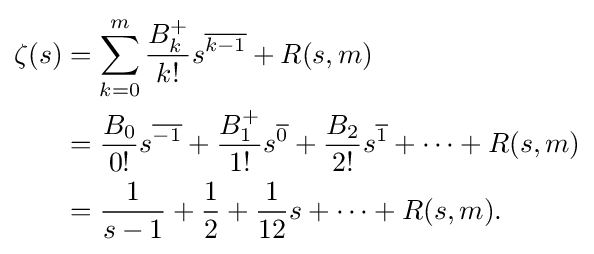
{\begin{aligned}\zeta (s)&=\sum _{k=0}^{m}{\frac {B_{k}^{+}}{k!}}s^{\overline {k-1}}+R(s,m)\\&={\frac {B_{0}}{0!}}s^{\overline {-1}}+{\frac {B_{1}^{+}}{1!}}s^{\overline {0}}+{\frac {B_{2}}{2!}}s^{\overline {1}}+\cdots +R(s,m)\\&={\frac {1}{s-1}}+{\frac {1}{2}}+{\frac {1}{12}}s+\cdots +R(s,m).\end{aligned}}